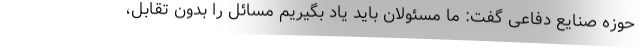
حوزه صنایع دفاعی گفت: ما مسئولان باید یاد بگیریم مسائل را بدون تقابل،